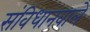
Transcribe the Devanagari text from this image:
संविधानवाले